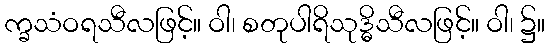
က္ခသံဝရသီလဖြင့်။ ဝါ၊ စတုပါရိသုဒ္ဓိသီလဖြင့်။ ဝါ၊ ၌။